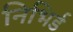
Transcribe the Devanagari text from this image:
निभिर्ड